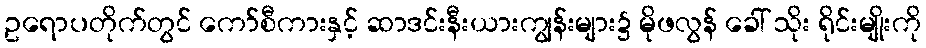
ဥရောပတိုက်တွင် ကော်စီကားနှင့် ဆာဒင်းနီးယားကျွန်းများ၌ မိုဖလွန် ခေါ် သိုး ရိုင်းမျိုးကို